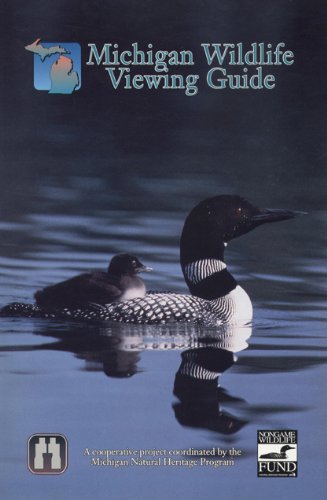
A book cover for Michigan Wildlife Viewing Guide (Watchable Wildlife Series); Phil T. Seng; Travel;